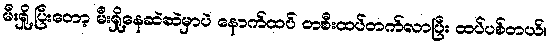
မီးရှို့ပြီးတော့ မီးရှို့နေဆဲဆဲမှာပဲ နောက်ထပ် တစီးထပ်တက်လာပြီး ထပ်ပစ်တယ်။